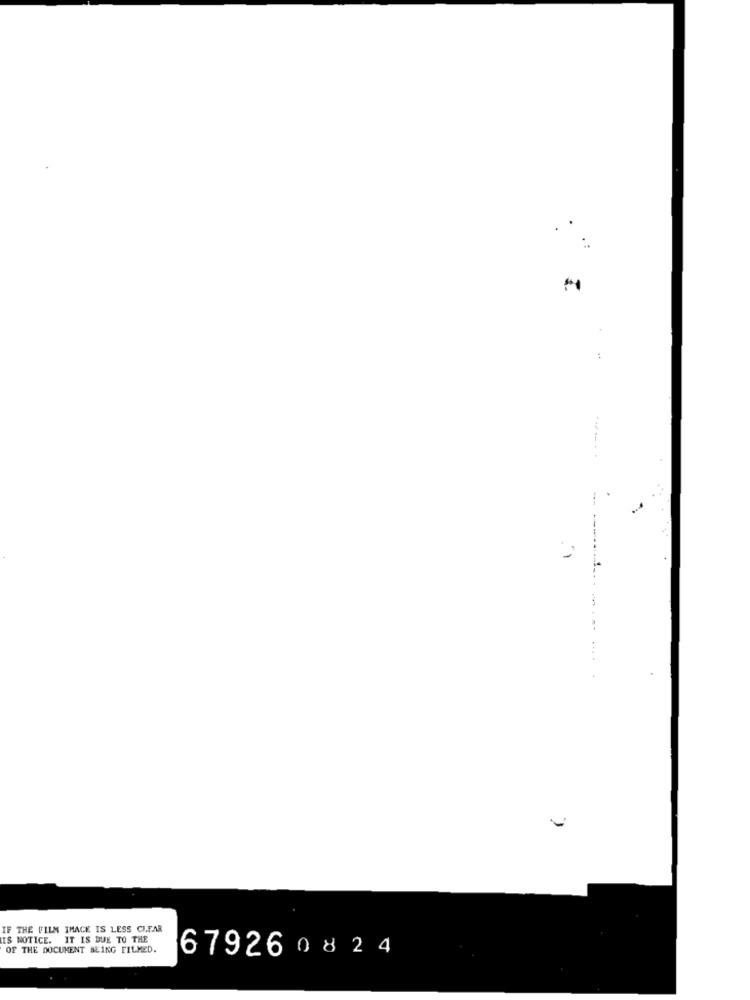
-- ---
IF THE FILM IMAGE IS LESS CIFAR
IS NOTICE. IT IS DUE TO THE
OF THE DOCUMENT BEING FILMED.
679260824